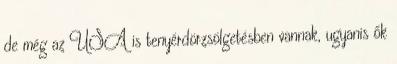
de még az USA is tenyérdörzsölgetésben vannak, ugyanis ők